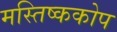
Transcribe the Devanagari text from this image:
मस्तिष्ककोप